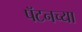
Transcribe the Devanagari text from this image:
पॅटनच्या